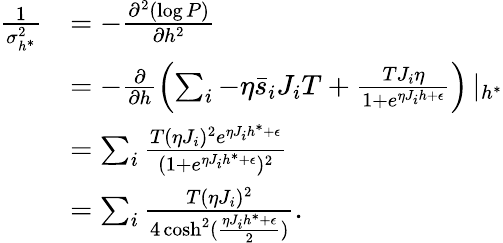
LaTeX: \begin{array}{rl}{\frac{1}{\sigma_{h^{*}}^{2}}}&{=-\frac{\partial^{2}(\log P)}{\partial h^{2}}}\\ &{=-\frac{\partial}{\partial h}\left(\sum_{i}-\eta\bar{s}_{i}J_{i}T+\frac{TJ_{i}\eta}{1+e^{\eta J_{i}h+\epsilon}}\right)\left|_{h^{*}}\right.}\\ &{=\sum_{i}\frac{T(\eta J_{i})^{2}e^{\eta J_{i}h^{*}+\epsilon}}{(1+e^{\eta J_{i}h^{*}+\epsilon})^{2}}}\\ &{=\sum_{i}\frac{T(\eta J_{i})^{2}}{4\cosh^{2}(\frac{\eta J_{i}h^{*}+\epsilon}{2})}.}\end{array}